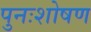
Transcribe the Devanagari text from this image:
पुनःशोषण